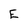
Character: E